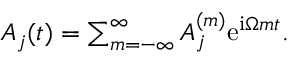
\begin{array} { r } { A _ { j } ( t ) = \sum _ { m = - \infty } ^ { \infty } A _ { j } ^ { ( m ) } \mathrm { e } ^ { \mathrm { i } \Omega m t } . } \end{array}